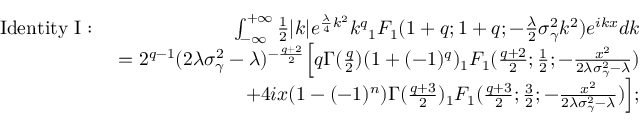
\begin{array} { r l r } & { \mathrm { I d e n t i t y \ I : } \ } & { \int _ { - \infty } ^ { + \infty } \frac { 1 } { 2 } | k | e ^ { \frac { \lambda } { 4 } k ^ { 2 } } k ^ { q } { _ 1 F _ { 1 } } ( 1 + q ; 1 + q ; - \frac { \lambda } { 2 } \sigma _ { \gamma } ^ { 2 } k ^ { 2 } ) e ^ { i k x } d k } \\ & { } & { = 2 ^ { q - 1 } ( 2 \lambda \sigma _ { \gamma } ^ { 2 } - \lambda ) ^ { - \frac { q + 2 } { 2 } } \Big [ q \Gamma ( \frac { q } { 2 } ) ( 1 + ( - 1 ) ^ { q } ) { _ 1 F _ { 1 } } ( \frac { q + 2 } { 2 } ; \frac { 1 } { 2 } ; - \frac { x ^ { 2 } } { 2 \lambda \sigma _ { \gamma } ^ { 2 } - \lambda } ) } \\ & { } & { + 4 i x ( 1 - ( - 1 ) ^ { n } ) \Gamma ( \frac { q + 3 } { 2 } ) { _ 1 F _ { 1 } } ( \frac { q + 3 } { 2 } ; \frac { 3 } { 2 } ; - \frac { x ^ { 2 } } { 2 \lambda \sigma _ { \gamma } ^ { 2 } - \lambda } ) \Big ] ; } \end{array}